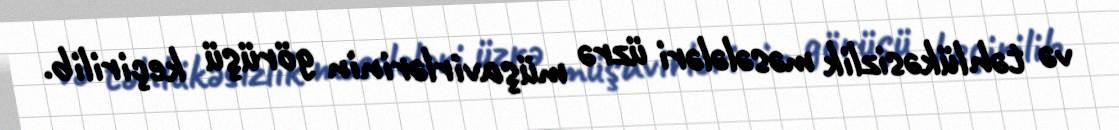
və təhlükəsizlik məsələləri üzrə müşavirlərinin görüşü keçirilib.